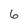
Character: 6